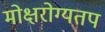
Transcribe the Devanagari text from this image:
मोक्षरोग्यतप